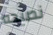
نصيحه